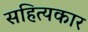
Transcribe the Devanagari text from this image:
सहित्यकार